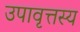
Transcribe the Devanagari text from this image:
उपावृत्तस्य